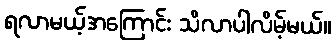
ရလာမယ့်အကြောင်း သိလာပါလိမ့်မယ်။